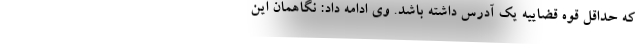
که حداقل قوه قضاییه یک آدرس داشته باشد. وی ادامه داد: نگاهمان این